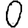
Digit: 0